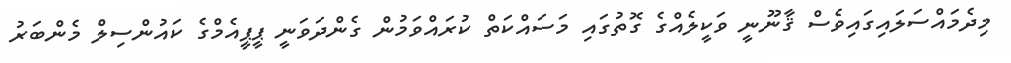
މިދެމައްސަލައިގައިވެސް ޤާނޫނީ ވަކީލެއްގެ ގޮތުގައި މަސައްކަތް ކުރައްވަމުން ގެންދަވަނީ ޕީޕީއެމްގެ ކައުންސިލް މެންބަރު